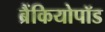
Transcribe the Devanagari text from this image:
ब्रैंकियोपॉड